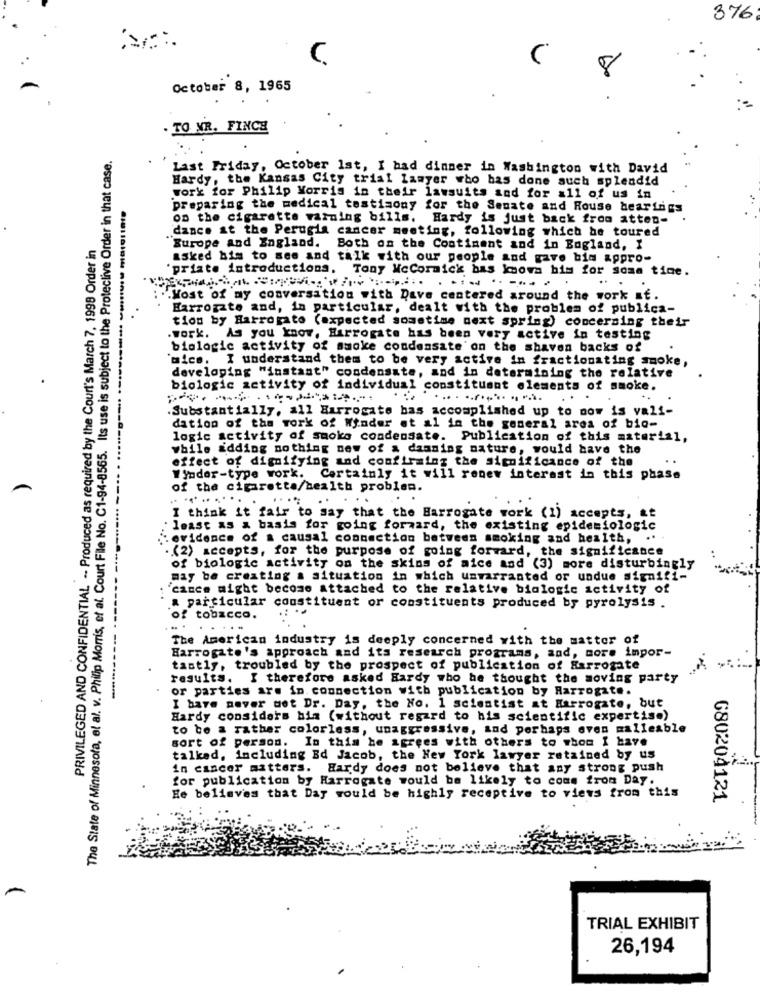
376
C.
(
October 8, 1965
TO NR. FINCH
The State of Minnesota, et al. v. Philip Morris, et al. Court File No. C1-94-8565. Its use is subject to the Proteclive Order in that case.
Last Friday, October 1st, I had dinner in Washington with David
Hardy, the Kansas City trial lawyer wbo bas done auch splendid
work for Philip Morris in their lawsuits and for all of us in
preparing the medical testimony for the Senate and Rouse hearings
on the cigarette warning bills. Hardy is just back from atten-
dance it the Perugia cancer meeting, following which he toured
PRIVILEGED AND CONFIDENTIAL -- Produced as required by the Court's March 7. 1998 Order in
"Europe and England. Both on the Continent and in Bogland, I
asked bis to see and talk with our people and gave bim appro-
'priste introductions. Tony McCormick bas knowa him for some time.
..
""Most of my conversation with Dave centered around the work sf.
Harrogate and, in particular, dealt with the problem of publica-
tion by Harrogate (expected sometime next spring) concerning their
.work. As you know, Harrogate has been very active in testing
biologic activity of smoke condensate on the shaven backs of
`mics. I understand them to be very active in fractionating smoke,
developing "instant" condensate, and in determining the relative
biologic activity of individual constituant elements of smoke.
.Substantially, all Harrogate bas accomplished up to now is vali-
dation of the work of Wonder et al in the general area of bio-
logic activity of smoke condensate. Publication of this material,
while adding nothing new of a danning nature, would have the
effect of dignifying and confirming the significance of the
Winder-type work. Certainly it will renew interest in this phase
of the cigaretta/health problem.
.. ........
I think it fair to say that the Harrogate work (1) accepts, if
least as a basis for going forward, the existing epidemiologic
:evidence of a causal connection between smoking and health, ..
.(2) accepts, for the purpose of going forward, the significance
of biologic activity on the skins of mice and (3) more disturbingly
may be creating a situation in which unwarranted or undue signifi-
"cance might become attached to the relative biologic activity of
a particular constituent or constituents produced by pyrolysis .
of tobacco.
....
. .
The American industry is deeply concerned with the matter of
Harrogate's approach and its research programs, and, more impor-
tantly, troubled by the prospect of publication of Harrogate
results. I therefore asked Hardy who he thought the moving party
or parties are in connection with publication by Harrogate.
I have never det Dr. Day, the No. 1 scientist at Harrogate, but
Hardy considers bis (without regard to his scientific expertis.)
to be a rather colorless, unaggressive, and perhaps even malleable
sort of person. In this he agrees with others to whom I have
talked, including Ed Jacob, the New York lawyer retained by us
in cancer mitters. Hardy does not believe that any strong push
for publication by Harrogate would be likely to come from Day.
He believes that Day would be highly receptive to views from this
680204121
TRIAL EXHIBIT
26,194